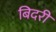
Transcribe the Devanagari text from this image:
बिदरी